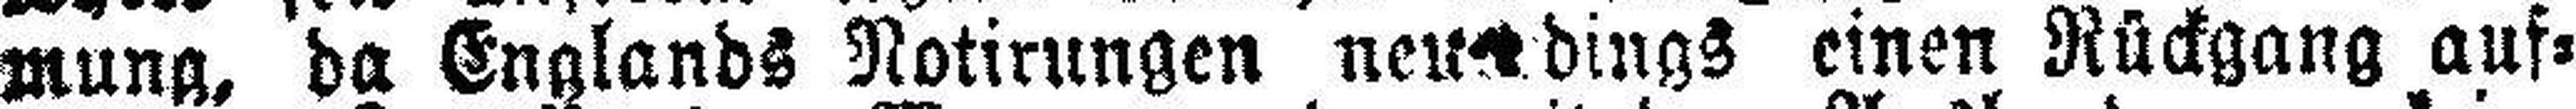
mung, da Englands Notirungen neu###dings einen Rückgang auf¬